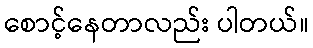
စောင့်နေတာလည်း ပါတယ်။